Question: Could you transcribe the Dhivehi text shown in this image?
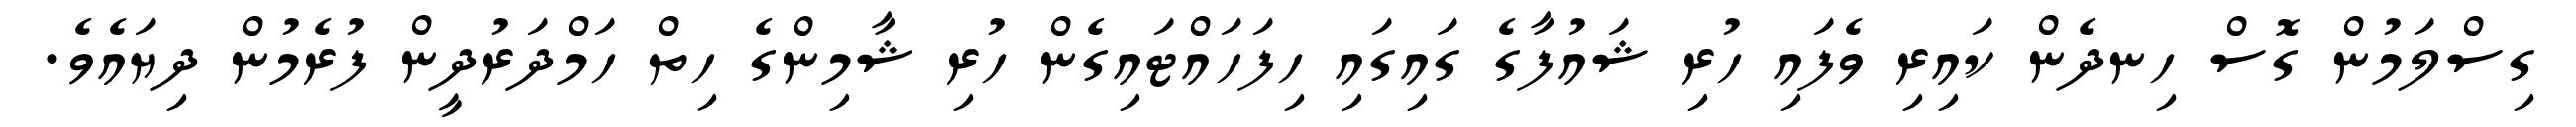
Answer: ގިސްލަމުން ގޮސް ހިނދެން ކައިރި ވެފައި ހުރި ޝައުފާގެ ގައިގައި ހިފަހައްޓައިގެން ހުރި ޝާމިންގެ ހިތް ހަމްދަރުދީން ފުރެމުން ދިޔައެވެ.